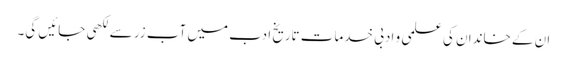
ان کے خاندان کی علمی و ادبی خدمات تاریخ ادب میں آب زر سے لکھی جائیں گی۔